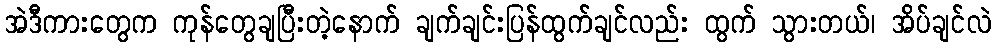
အဲဒီကားတွေက ကုန်တွေချပြီးတဲ့နောက် ချက်ချင်းပြန်ထွက်ချင်လည်း ထွက် သွားတယ်၊ အိပ်ချင်လဲ